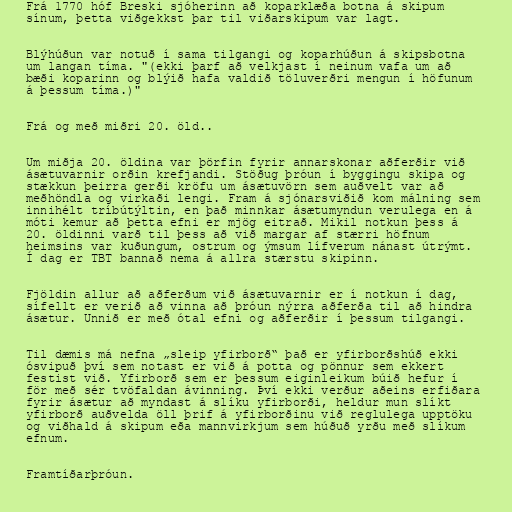
Frá 1770 hóf Breski sjóherinn að koparklæða botna á skipum
sínum, þetta viðgekkst þar til viðarskipum var lagt.

Blýhúðun var notuð í sama tilgangi og koparhúðun á skipsbotna
um langan tíma. "(ekki þarf að velkjast í neinum vafa um að
bæði koparinn og blýið hafa valdið töluverðri mengun í höfunum
á þessum tíma.)"

Frá og með miðri 20. öld..

Um miðja 20. öldina var þörfin fyrir annarskonar aðferðir við
ásætuvarnir orðin krefjandi. Stöðug þróun í byggingu skipa og
stækkun þeirra gerði kröfu um ásætuvörn sem auðvelt var að
meðhöndla og virkaði lengi. Fram á sjónarsviðið kom málning sem
innihélt tríbútýltin, en það minnkar ásætumyndun verulega en á
móti kemur að þetta efni er mjög eitrað. Mikil notkun þess á
20. öldinni varð til þess að við margar af stærri höfnum
heimsins var kuðungum, ostrum og ýmsum lífverum nánast útrýmt.
Í dag er TBT bannað nema á allra stærstu skipinn.

Fjöldin allur að aðferðum við ásætuvarnir er í notkun í dag,
sífellt er verið að vinna að þróun nýrra aðferða til að hindra
ásætur. Unnið er með ótal efni og aðferðir í þessum tilgangi.

Til dæmis má nefna „sleip yfirborð“ það er yfirborðshúð ekki
ósvipuð því sem notast er við á potta og pönnur sem ekkert
festist við. Yfirborð sem er þessum eiginleikum búið hefur í
för með sér tvöfaldan ávinning. Því ekki verður aðeins erfiðara
fyrir ásætur að myndast á slíku yfirborði, heldur mun slíkt
yfirborð auðvelda öll þrif á yfirborðinu við reglulega upptöku
og viðhald á skipum eða mannvirkjum sem húðuð yrðu með slíkum
efnum.

Framtíðarþróun.